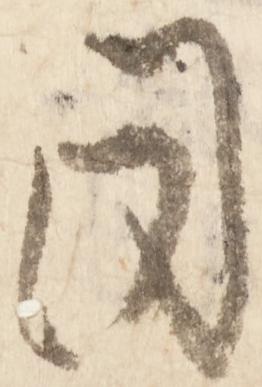
同